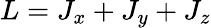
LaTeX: L=J_{x}+J_{y}+J_{z}